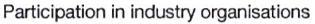
Participation in industry organisations